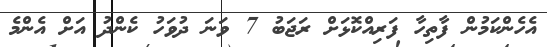
އެހެންކަމުން ފާތިހާ ފަރިއްކޮޅަށް ރަޖަބު 7 ވަނަ ދުވަހު ކެންދު އަށް އެންމެ